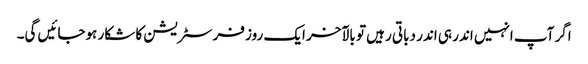
اگر آپ انہیں اندر ہی اندر دباتی رہیں تو بالآخر ایک روز فرسٹریشن کا شکار ہوجائیں گی۔